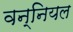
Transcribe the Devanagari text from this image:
वन्नियल